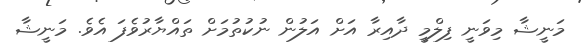
މަނީޝާ މިވަނީ ފިލްމީ ދާއިރާ އަށް އަލުން ނުކުތުމަށް ތައްޔާރުވެފަ އެވެ. މަނީޝާ